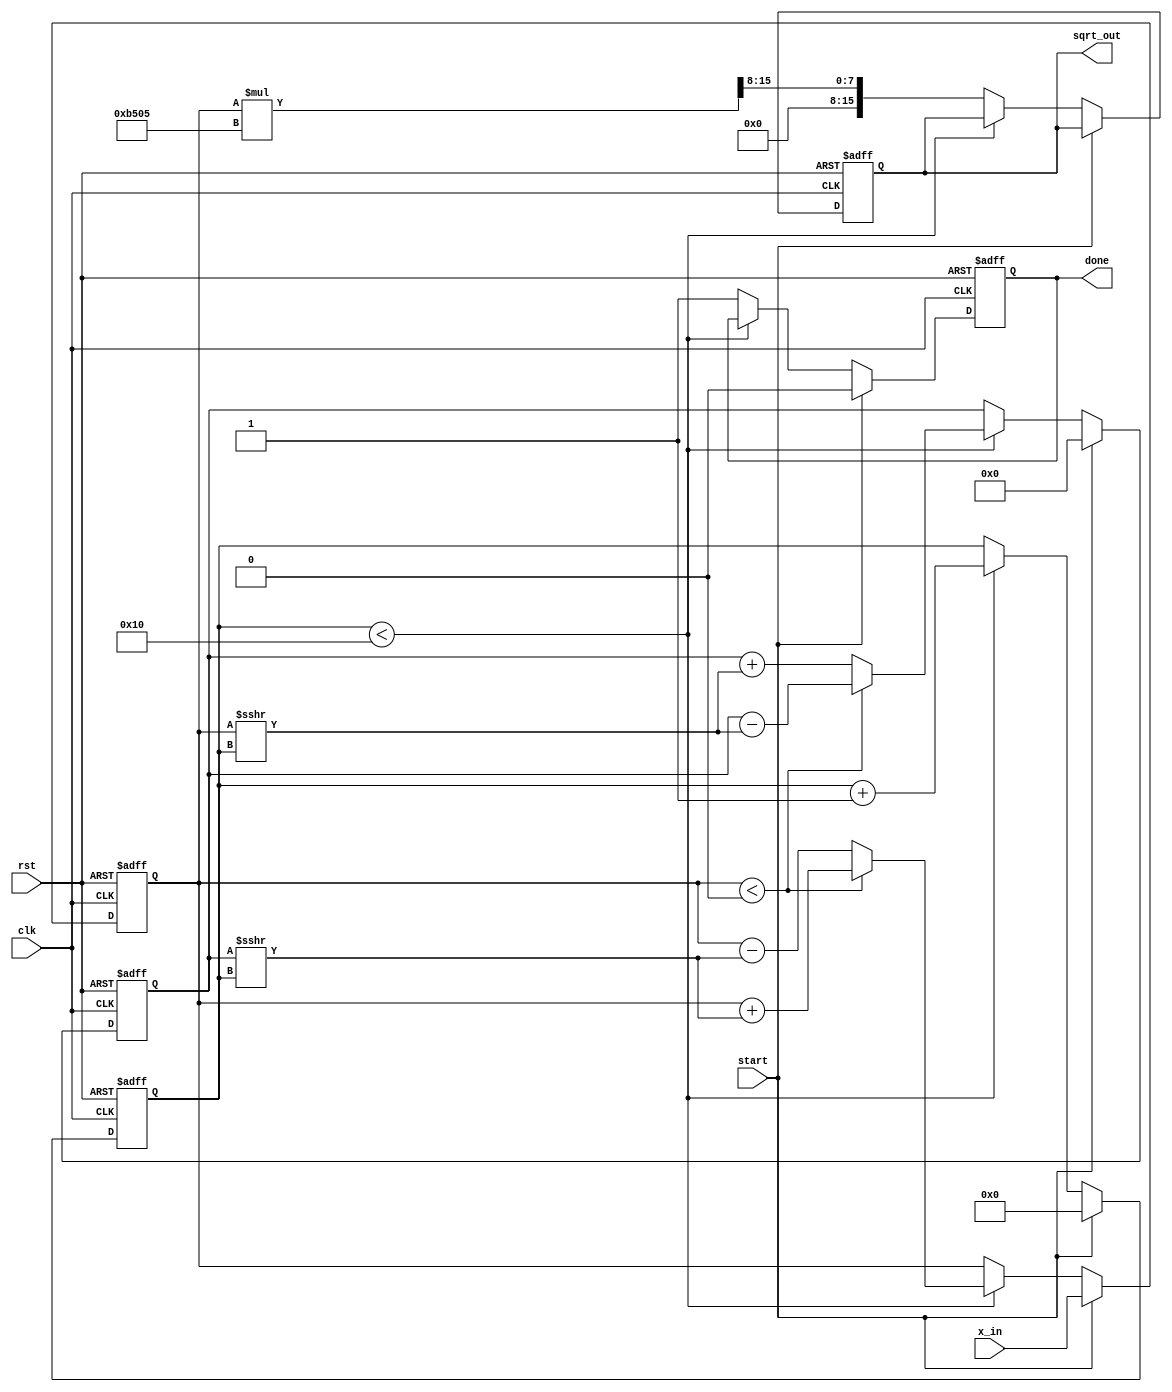
module cordic_sqrt (
    input wire clk,
    input wire rst,
    input wire start,
    input wire [15:0] x_in, // Input value for which square root is calculated
    output reg [15:0] sqrt_out, // Output square root value
    output reg done // Indicates completion of calculation
);

    // CORDIC parameters
    parameter NUM_ITERATIONS = 16; // Number of iterations
    parameter K = 16'hB505; // Gain factor (K = 1/sqrt(1 + 2^(-2n))) for n = NUM_ITERATIONS

    // Internal registers
    reg [15:0] x; // Current x value
    reg [15:0] y; // Current y value
    reg [15:0] z; // Current angle (not used in sqrt, but part of CORDIC)
    reg [3:0] iteration; // Iteration counter
    reg [15:0] angle_table [0:NUM_ITERATIONS-1]; // Arctangent values

    // Initialize angle table
    initial begin
        angle_table[0] = 16'h3C90; // atan(2^0)
        angle_table[1] = 16'h3C3D; // atan(2^-1)
        angle_table[2] = 16'h3B6E; // atan(2^-2)
        angle_table[3] = 16'h3A9A; // atan(2^-3)
        angle_table[4] = 16'h39B9; // atan(2^-4)
        angle_table[5] = 16'h38E0; // atan(2^-5)
        angle_table[6] = 16'h3802; // atan(2^-6)
        angle_table[7] = 16'h3723; // atan(2^-7)
        angle_table[8] = 16'h3645; // atan(2^-8)
        angle_table[9] = 16'h3568; // atan(2^-9)
        angle_table[10] = 16'h348C; // atan(2^-10)
        angle_table[11] = 16'h33B0; // atan(2^-11)
        angle_table[12] = 16'h32D5; // atan(2^-12)
        angle_table[13] = 16'h31FB; // atan(2^-13)
        angle_table[14] = 16'h3122; // atan(2^-14)
        angle_table[15] = 16'h304B; // atan(2^-15)
    end

    // State machine for CORDIC iterations
    always @(posedge clk or posedge rst) begin
        if (rst) begin
            x <= 0;
            y <= 0;
            z <= 0;
            iteration <= 0;
            sqrt_out <= 0;
            done <= 0;
        end else if (start) begin
            // Initialization
            x <= x_in;
            y <= 0; // Start with y = 0
            z <= 0; // Angle is not used in sqrt
            iteration <= 0;
            done <= 0;
        end else if (iteration < NUM_ITERATIONS) begin
            // CORDIC iteration
            if (x < 0) begin
                // Rotate clockwise
                x <= x + (y >>> iteration);
                y <= y - (x >>> iteration);
            end else begin
                // Rotate counter-clockwise
                x <= x - (y >>> iteration);
                y <= y + (x >>> iteration);
            end
            iteration <= iteration + 1;
        end else begin
            // Final output calculation
            sqrt_out <= (x * K) >>> 8; // Scale by gain factor
            done <= 1; // Indicate completion
        end
    end

endmodule